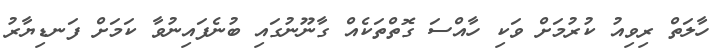
ހާލަތް ރިވިއު ކުރުމަށް ވަކި ހާއްސަ ގޮތްތަކެއް ގާނޫނުގައި ބުނެފައިނުވާ ކަމަށް ފަނޑިޔާރު